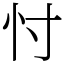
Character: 忖